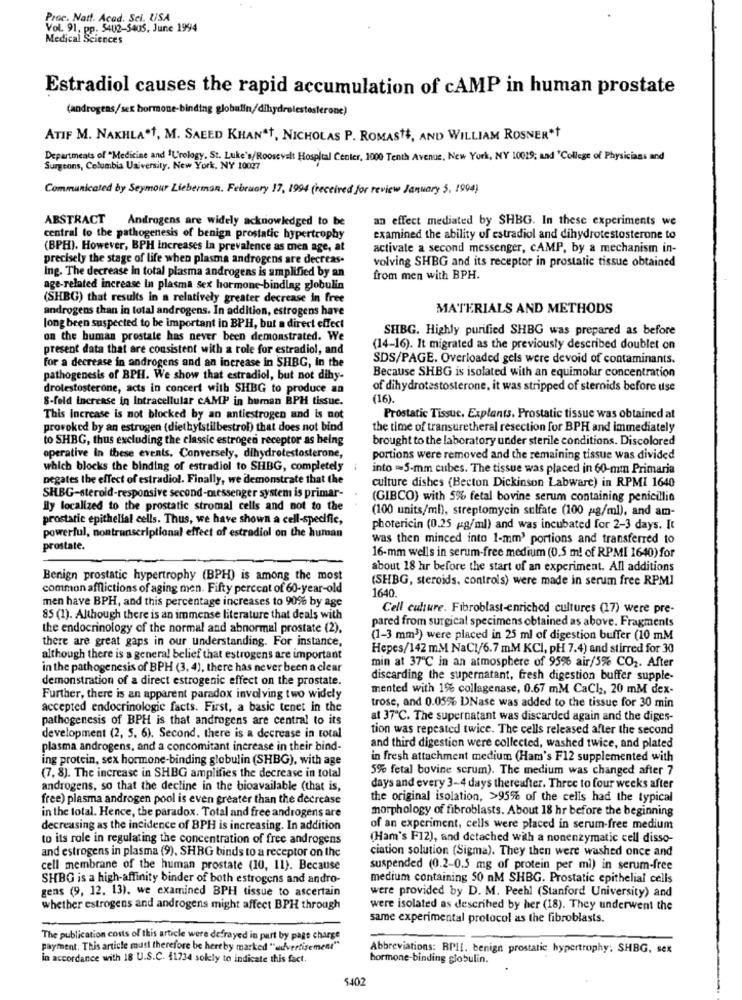
Proc. Natt. Acad. Sci. USA
Vol. 91, pp. 5402-5405, June 1994
1 Sciences
Estradiol causes the rapid accumulation of cAMP in human prostate
(androgens/sex hormone-binding globulin/dihydrolestesterone)
ATIF M. NAKHLA.1, M. SAEED KHAN"T, NICHOLAS P. ROMASTE, AND WILLIAM ROSNER*t
Departments of "Medicine and "Urology. St. Luke's/Roosevelt Hospital Center, 1000 Tenth Avenue, New York, NY 10019; and 'College of Physicians and
Surgeons, Columbia University. New York, NY 10027
Communicated by Seymour Lieberman. February 17, 1994 (received for review January 5, 1994)
ABSTRACT
Androgens are widely acknowledged to be
an effect mediated by SHBG. In these experiments we
central to the pathogenesis of benign prostatic hypertrophy
examined the ability of estradiol and dihydrotestosterone to
(BPH). However, BPH Increases la prevalence as men age, at
activate a second messenger, CAMP, by a mechanism in-
precisely the stage of life when plasma androgens are decreas-
volving SHBG and its receptor in prostatic tissue obtained
Ing. The decrease In total plasma androgens is amplified by an
from men with BPH.
age-related increase In plasma sex hormone-binding globulin
(SHBG) that results in a relatively greater decrease in free
androgens than in total androgens. In addition, estrogens have
MATERIALS AND METHODS
long been suspected to be important in BPH, but a direct effect
SHBG. Highly purified SHBG was prepared as before
on the human prostate has never been demonstrated. We
present data that are consistent with a role for estradiol, and
(14-16). It migrated as the previously described doublet on
for a decrease in androgens and an increase in SHBG, In the
SDS/PAGE. Overloaded gels were devoid of contaminants.
Because SHBG is isolated with an equimolar concentration
pathogenesis of BPH. We show that estradiol, but not dihy-
drotestosterone, acts in concert with SHBG to produce an
of dihydrotestosterone, it was stripped of sternids before use
8-feld increase in Intracellular CAMP in buman BPH tissue.
(16).
This Increase is not blocked by an antiestrogen and is not
Prostatic Tissuc. Explants. Prostatic tissue was obtained al
provoked by an estrugen (diethylstilbestrol) that does not bind
the time of transuretheral resection for BPH and immediately
to SHBG, thus excluding the classic estrogen receptor as being
brought to the laboratory under sterile conditions. Discolored
operative In these events. Conversely, dihydrotestosterone,
portions were removed and the remaining tissue was divided
which blocks the binding of estradiol to SHBG, completely
into =5-mm cubes. The tissue was placed in 60-mm Primaria
negates the effect of estradiol. Finally, we demonstrate that the
culture dishes (Becton Dickinson Labware) in RPMI 1640
SHBG-steroid-responsive second-messenger system is primar-
(GIBCO) with 5% fetal bovine serum containing penicillin
ily localized to the prostatic stromal cells and not to the
(100 units/ml), streptomycin sulfate (100 pg/ml), and am-
prostatic epithelial cells. Thus, we have shown a cell-specific,
powerful, nontranscriptional effect of estradiol on the human
photericin (0.25 g/ml) and was incubated for 2-3 days. It
was then minced into 1-mm' portions and transferred to
prostate.
16-mm wells in serum-free medium (0.5 ml of RPMI 1640) for
about 18 hr before the start of an experiment. All additions
Benign prostatic hypertrophy (BPH) is among the most
(SHBG, steroids, controls) were made in serum free RPM1
common afflictions of aging men. Fifty percent of 60-year-old
1640.
men have BPH, and this percentage increases to 90% by age
Cell culture. Fibroblast-enriched cultures (17) were pre-
85 (1). Although there is an immense literature that deals with
pared from surgical specimens obtained as above. Fragments
the endocrinology of the normal and abnormal prostate (2),
there are great gaps in our understanding. For instance,
(1-3 mm3) were placed in 25 ml of digestion buffer (10 mM
Hepes/142 m.M NaCl/6.7 mM KCI, PH 7.4) and stirred for 30
although there is a general belief that estrogens are important
min at 37℃ in an atmosphere of 95% air/5% CO2. After
in the pathogenesis of BPH (3, 4), there has never been a clear
demonstration of a direct estrogenic effect on the prostate.
discarding the supernatant, fresh digestion buffer supple-
mented with 1% collagenase, 0.67 mM CaCh, 20 mM dex-
Further, there is an apparent paradox involving two widely
accepted endocrinologie facts. First, a basic tenet in the
trose, and 0.05% DNase was added to the tissue for 30 min
pathogenesis of BPH is that androgens are central to its
at 37℃. The supernatant was discarded again and the diges-
tion was repeated twice. The cells released after the second
development (2, 5. 6). Second, there is a decrease in total
plasma androgens, and a concomitant increase in their bind-
and third digestion were collected, washed twice, and plated
ing protein, sex hormone-binding globulin (SHBG), with age
in fresh attachment medium (Ham's F12 supplemented with
(7, 8). The increase in SHBG amplifies the decrease in total
5% fetal bovine scrum). The medium was changed after 7
androgens, so that the decline in the bioavailable (that is,
days and every 3-4 days thereafter. Three to four weeks after
free) plasma androgen pool is even greater than the decrease
the original isolation, >95% of the cells had the typical
morphology of fibroblasts. About 18 hr before the beginning
in the total. Hence, the paradox. Total and free androgens are
decreasing as the incidence of BPH is increasing. In addition
of an experiment, cells were placed in serum-free medium
to its role in regulating the concentration of free androgens
(Ham's F12), and detached with a nonenzymatic cell disso-
and estrogens in plasma (9), SHBG binds to a receptor on the
ciation solution (Sigma). They then were washed once and
cell membrane of the human prostate (10, 11). Because
suspended (0.2-0.5 mg of protein per ml) in serum-free
SHBG is a high-affinity binder of both estrogens and andro-
medium containing 50 nM SHBG. Prostatic epithelial cells
gens (9, 12. 13). we examined BPH tissue to ascertain
were provided by D. M. Pechl (Stanford University) and
whether estrogens and androgens might affect BPH through
were isolated as described by her (18). They underwent the
same experimental protocol as the fibroblasts.
The publication costs of this article were defrayed in part by page charse
Payment. This article must therefore be hereby marked "advertisement"
Abbreviations: RPIL. benign prostatic hypertrophy; SHBG, sex
in accordance with 18 U.S.C. 41734 solely to indicate this fact.
hormone binding globulin.
5402